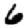
Digit: 6